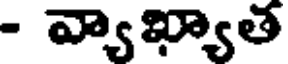
- వ్యాఖ్యాత